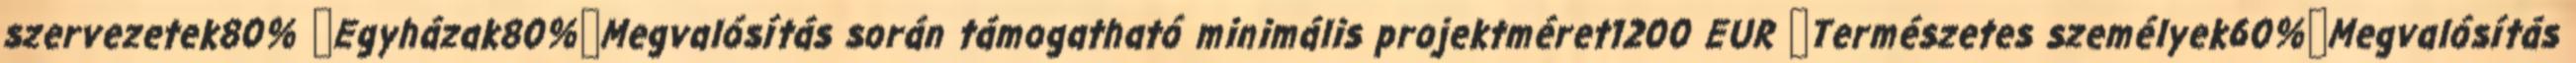
szervezetek80% ▪Egyházak80%▪Megvalósítás során támogatható minimális projektméret1200 EUR ▪Természetes személyek60%▪Megvalósítás